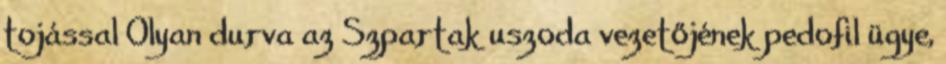
tojással Olyan durva az Szpartak uszoda vezetőjének pedofil ügye,